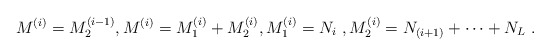
\begin{align*} M^{(i)} = M^{(i-1)}_2 ,M^{(i)}= M^{(i)}_1 + M^{(i)}_2, M^{(i)}_1 = N_i~, M^{(i)}_2 = N_{(i+1)} + \dots + N_L~. \end{align*}